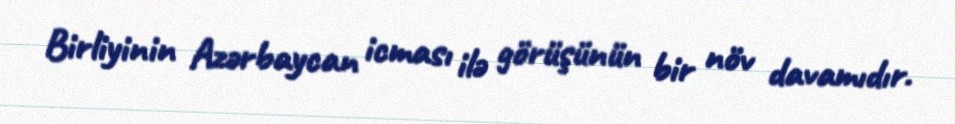
Birliyinin Azərbaycan icması ilə görüşünün bir növ davamıdır.